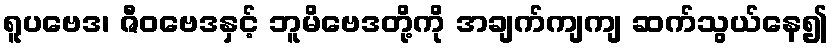
ရူပဗေဒ၊ ဇီဝဗေဒနှင့် ဘူမိဗေဒတို့ကို အချက်ကျကျ ဆက်သွယ်နေ၍